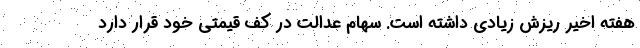
هفته اخیر ریزش زیادی داشته است. سهام عدالت در کف قیمتی خود قرار دارد